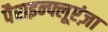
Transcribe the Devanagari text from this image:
पैराइन्फ्लूएंज़ा